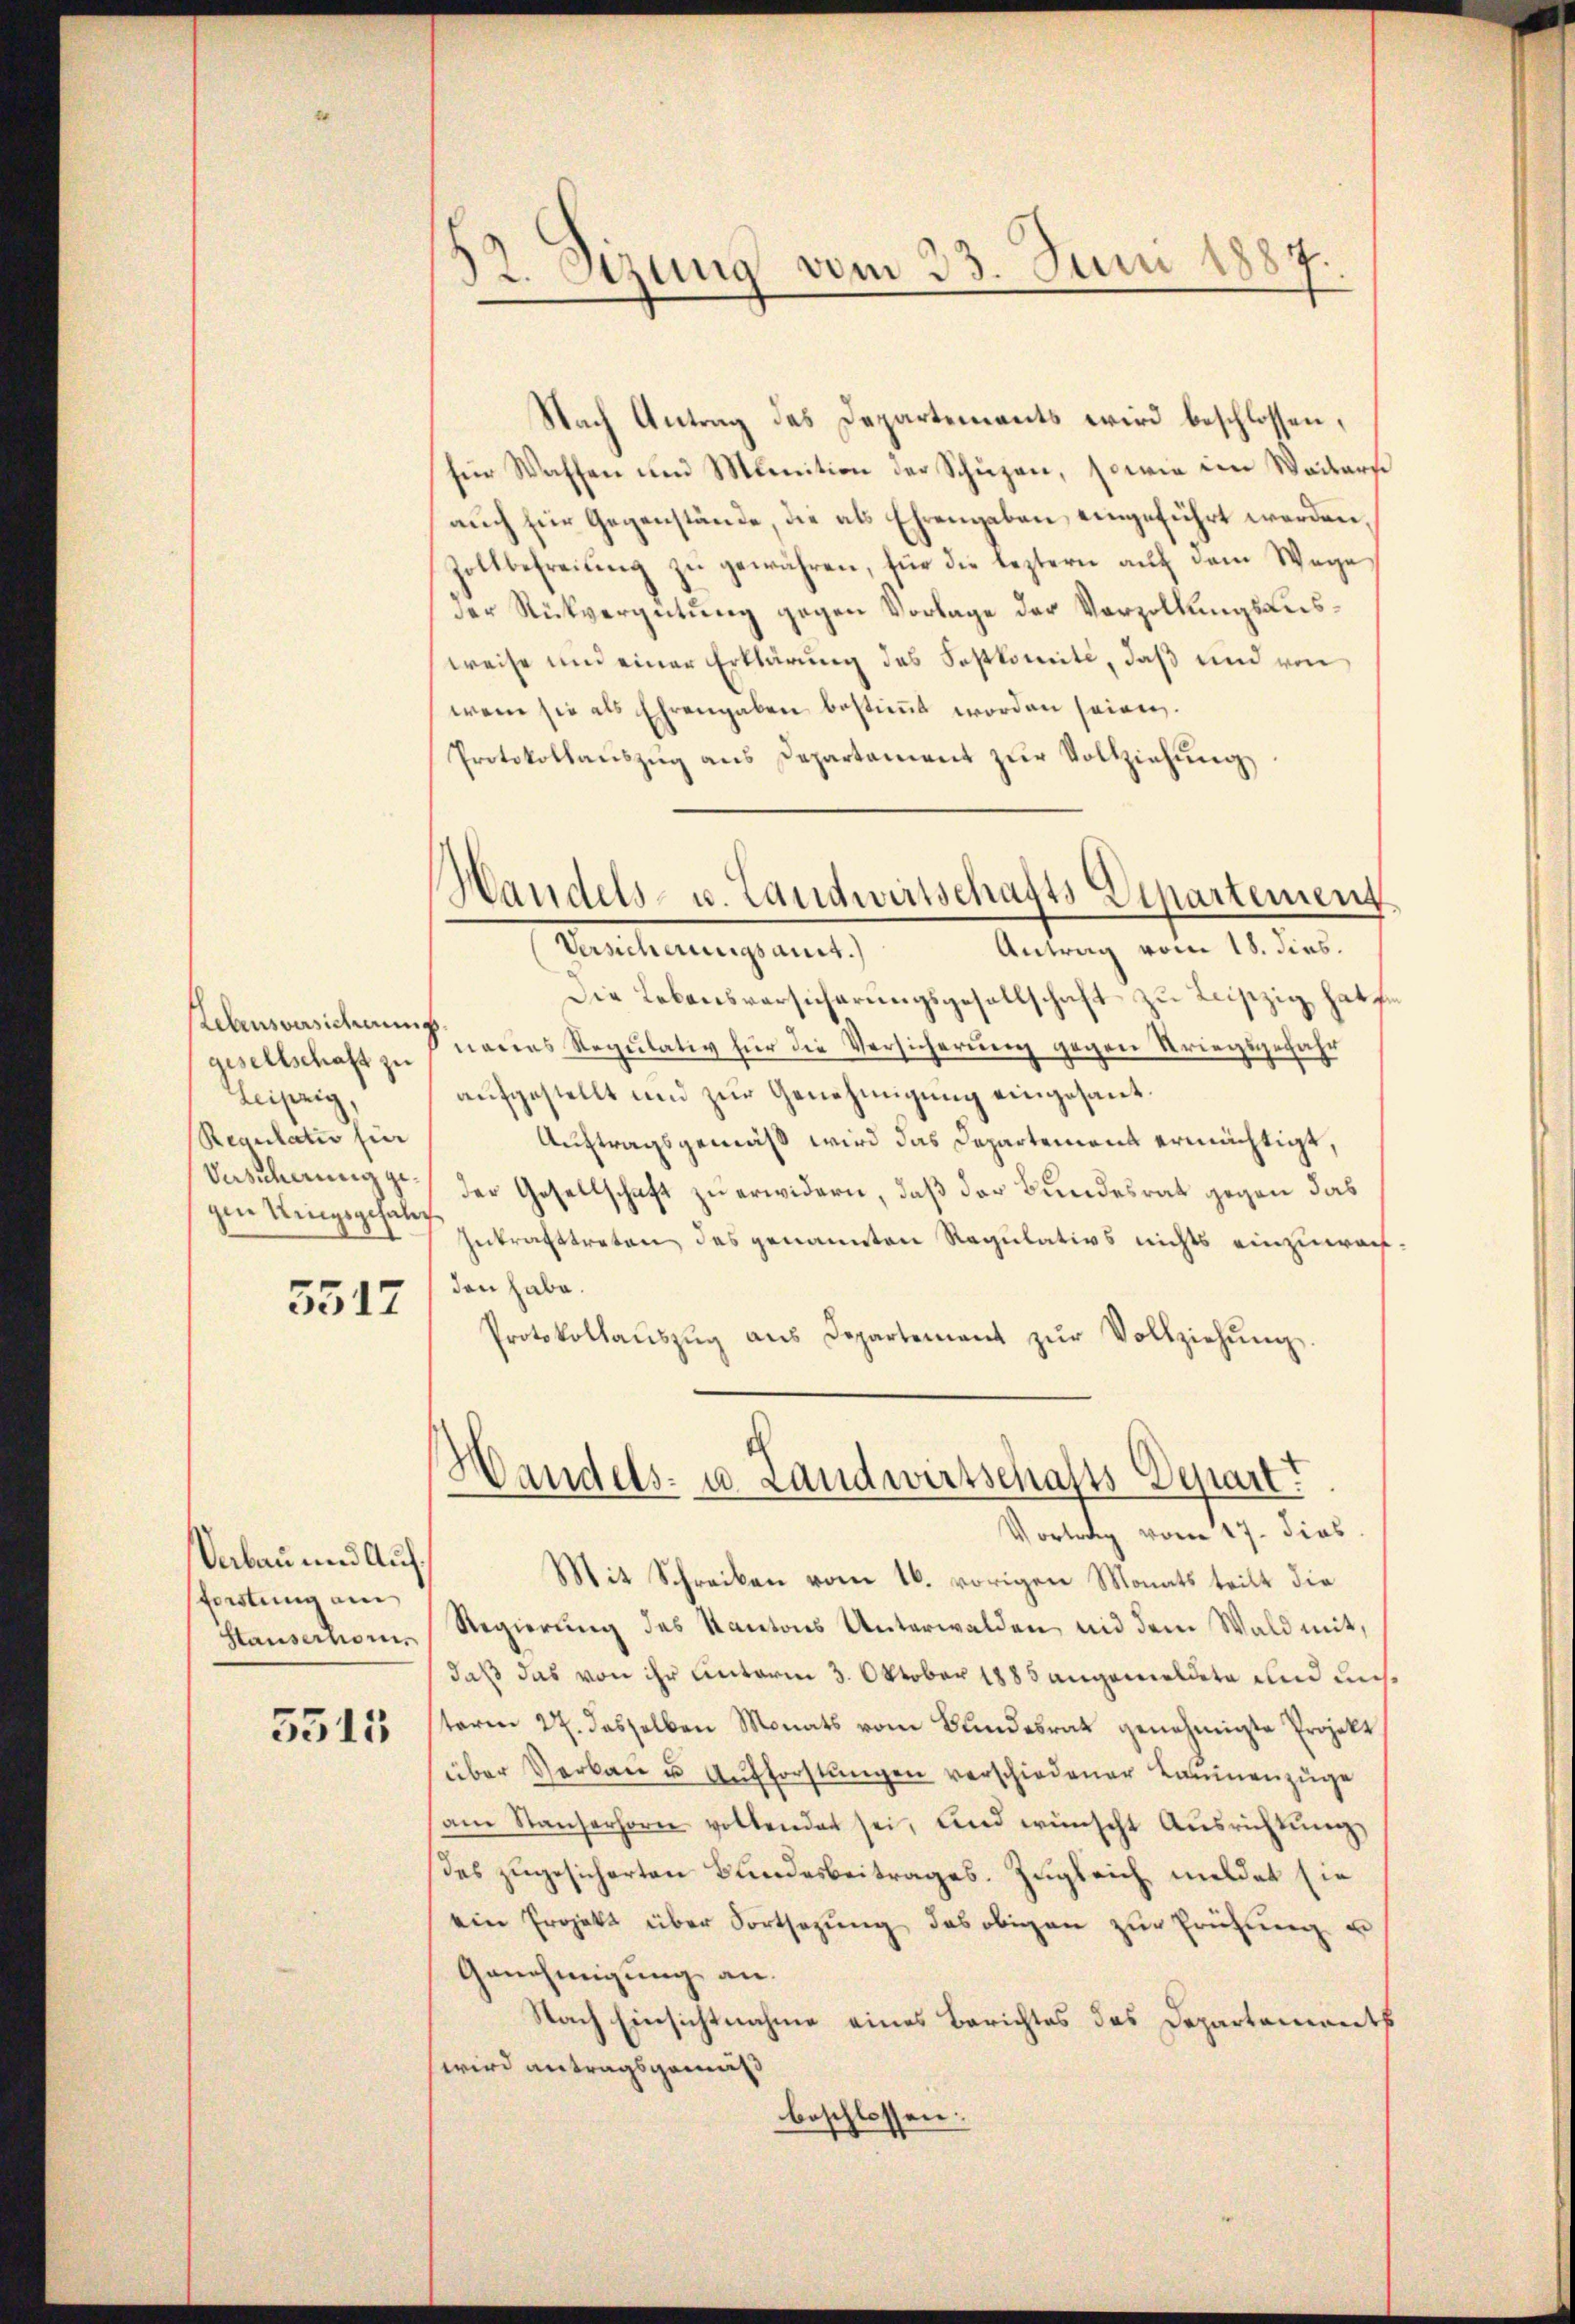
Lebensversicherung
gesellschaft zu
Leipzig,
Regulativ für
Vesicherung gegen Ringsgehalt

5517

Sabau und Aufforstung am
Stauserhor

5515

32. Setzung vom 23. Juni 1887.

Handels- u. Landwirtschafts Departement
Antrag vom 18. dies.
Versicherungsant.)

Nach Antrag des Departements wird beschlossen,
für Waffen und Menition der Schüzen, sowie im Waitars
auch für Gegenstände, die als Ehrengaben eingeführt werden.
Zollbefreiung zu gewähren, für die leztern auf dem Wege
Der Rückvergütung gegen Vorlage der Verzollungsausweise und einer Erklärung des Soskomite, daß und von
wenn sie als Ehrengaben bestimmt worden seien.
Protokollauszug aus Departament zur Vollziehung,
Die Lebensversicherungsgesellschaft zu Leipzig hat fr
naues Regulativ für die Versicherung gegen Kriegsgefahr
aufgestellt und zur Genehmigung eingesant.
Auftragsgemäß wird das Departement ermächtigt,
der Gesellschaft zu erwidern, daß der Bundesrat gegen das
Inkrafttreten des genannten Regulativs nichts einzuwac
den habe.
Protokollaŭszŭg aŭs Departement zŭr Vollziehŭng.

Handels- u. Landwirtschafts Depart?

Vortrag vom 17. dies
Mit Schreiben vom 16. vorigen Monats teilt die
Regierung des Kantons Unterwalden, und dem Wald mit,
daß das von ihr unterm 3. Oktober 1885 angemeldete und auch
term 27. dasselben Monats vom Bundesrat genehmigte Projekt
über Verkaŭ u Aŭfforstŭngen verschiedener Kaminenzüge
am Standerhorn vollendet sei, und wünscht Aŭsrichtŭng
des zugesicherten Bundesbeitrages. Zugleich meldet sie
ein Projekt über Fortsezung des obigen zur Prüfung un
Genehmigung an.
Nach Einsichtnahme eines Berichtes des Departementh
wird antragsgemäß
beschlossen: